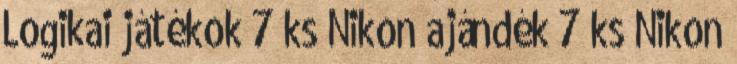
Logikai játékok 7 ks Nikon ajándék 7 ks Nikon